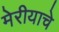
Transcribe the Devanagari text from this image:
मेरीयाचे